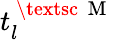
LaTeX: t_{l}^{\mathrm{~\textsc~{~M~}~}}